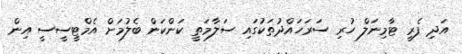
އަދި ފެރީ ޓާމިނަލް ހުރި ސަރަހައްދުތަކުގައި ސަލާމަތީ ކަންކަން ބެލުމަށް އެމްޓީސީސީ އިން